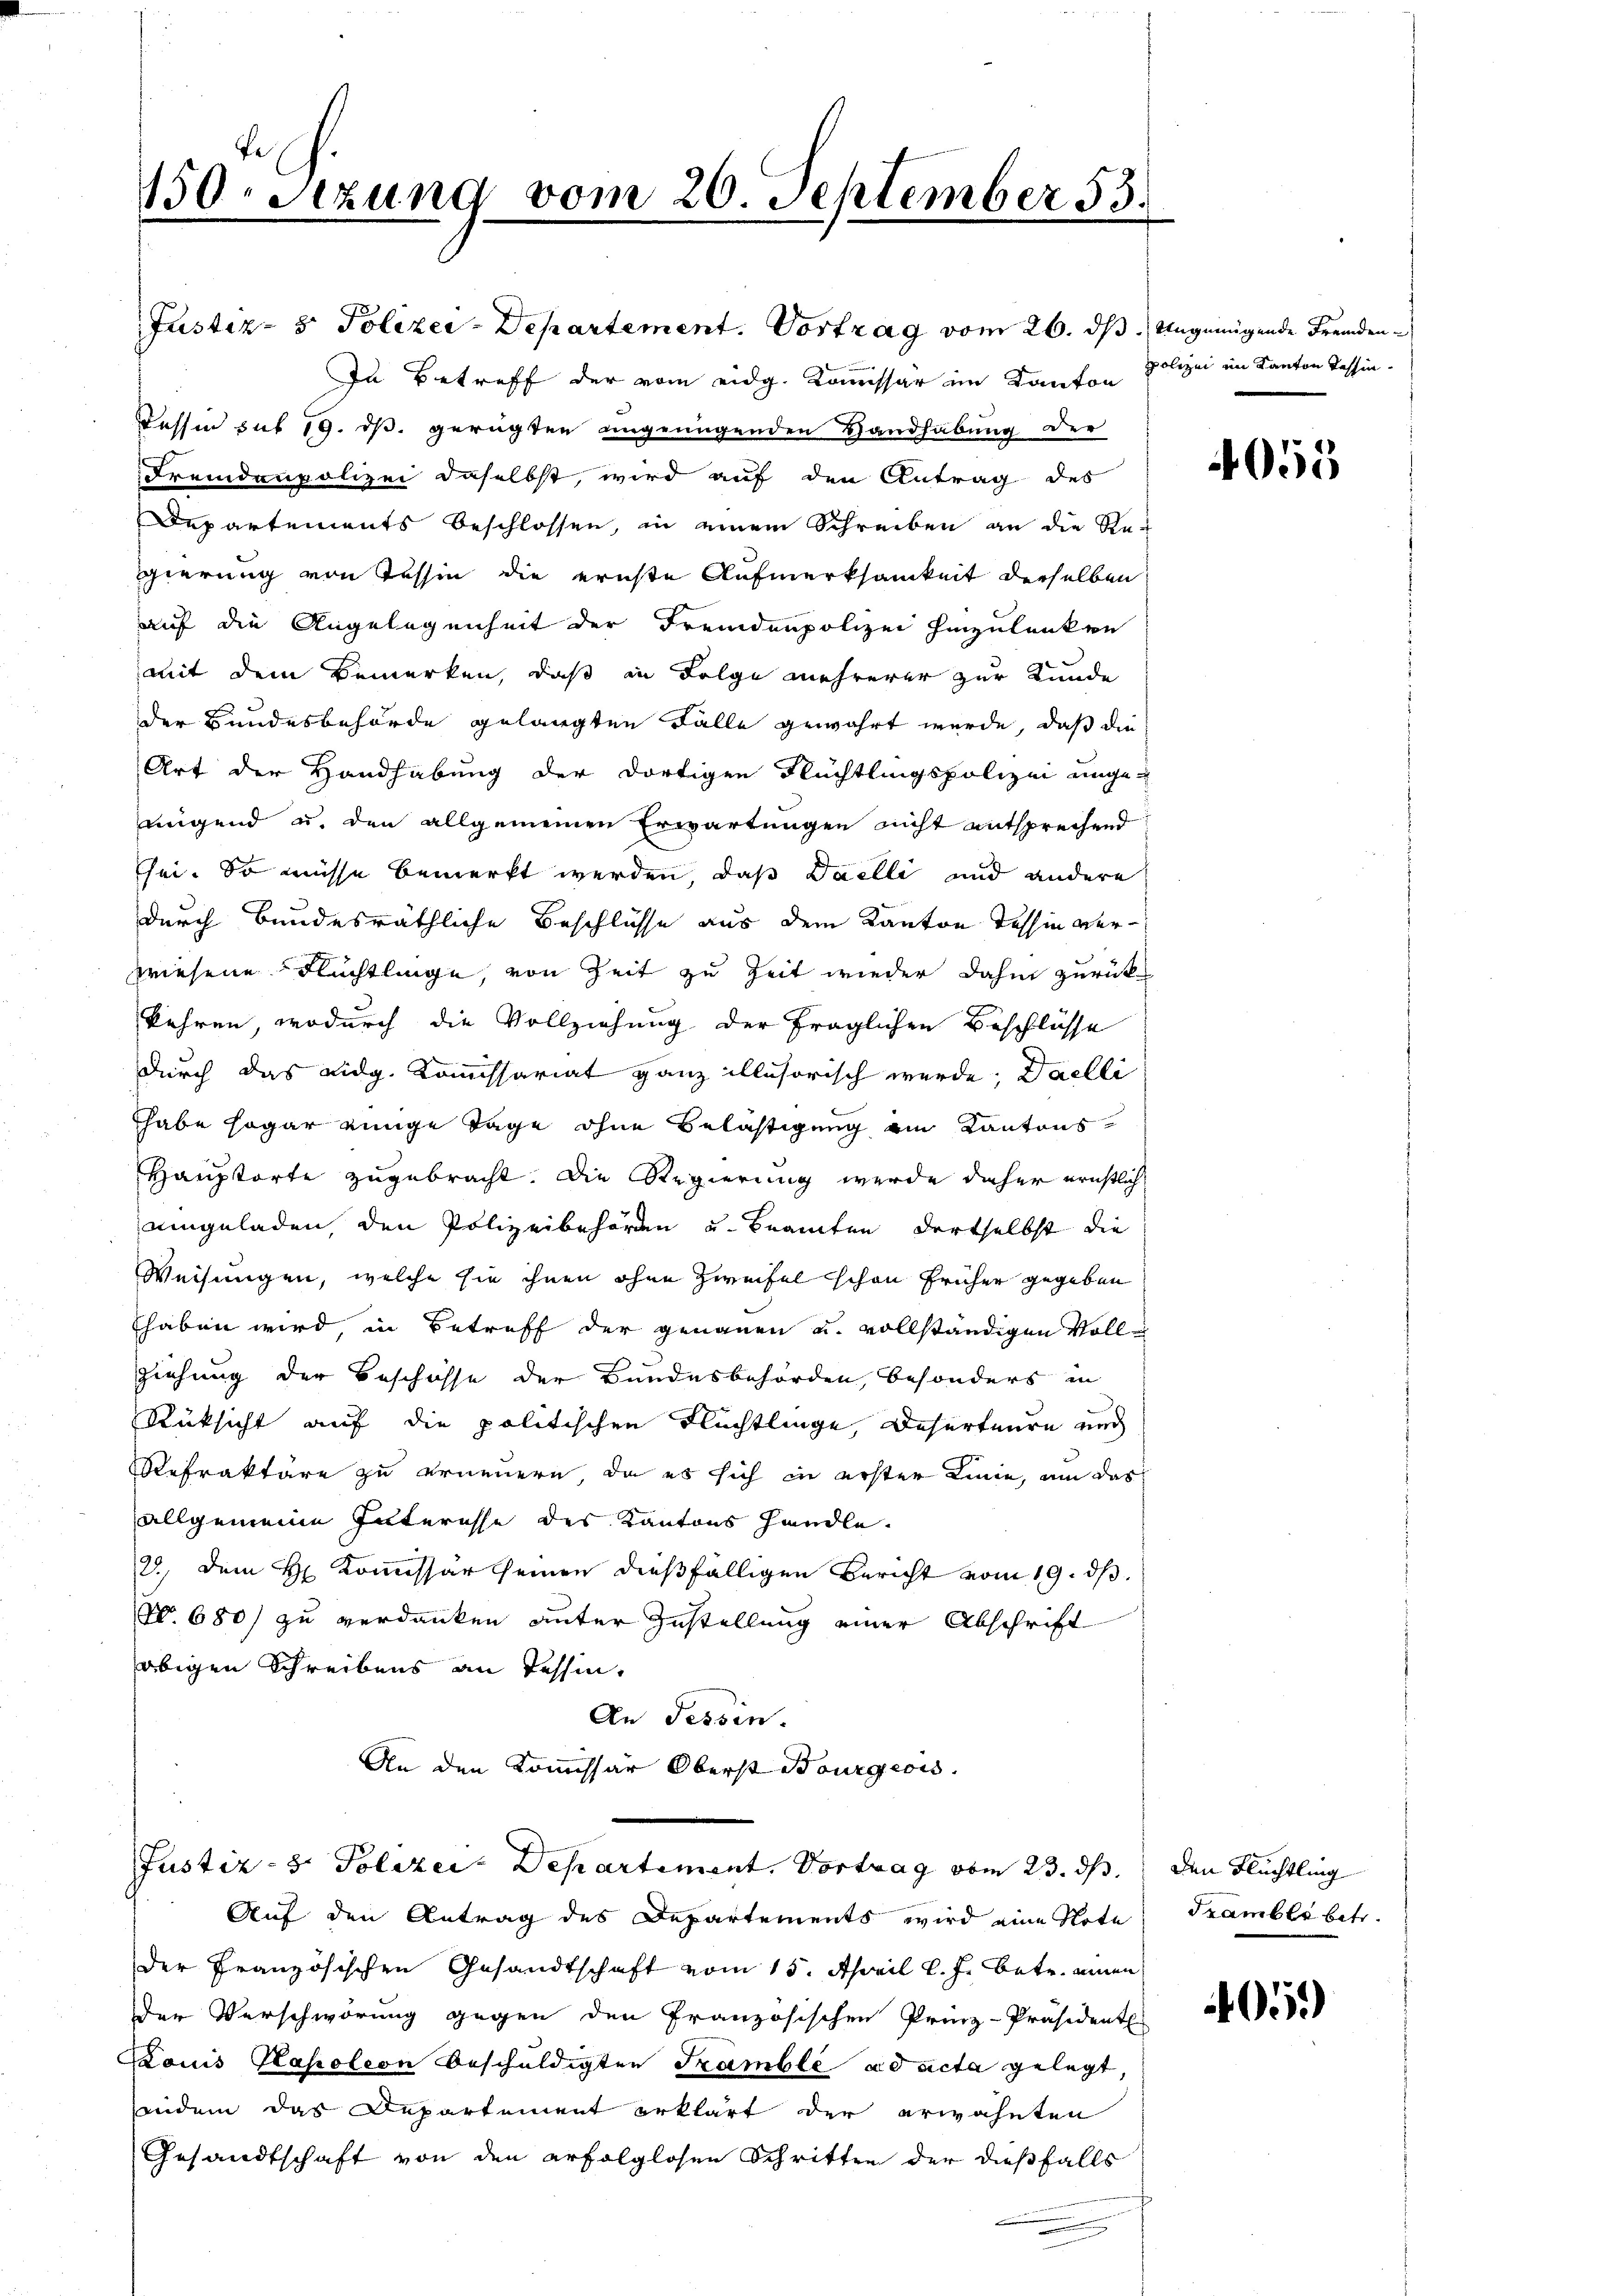
10Stzung vom 20. September 53.

In Betreff der vom eidg. Kommissär im Kanton
Tessin sub 19. ds. gerügten ungenügenden Handhabung der
Fremdenpolizei daselbst, wird auf den Antrag des
Departements beschlossen, in einem Schreiben an die Re-
gierung von Tessin die erichte Aufmerksamkeit derselben
auf die Angelegenheit der Fremdenpolizei hinzulanken
mit dem Bemerken, daß in Folge mehrerer zur Kunde
der Bundesbehörde gelangten Fälle gewährt wurde, daß die
Art der Handhabung der dortigen Flüchtlingspolizei unge-
migend u. den allgemeinen Erwartungen nicht entsprechend
sei. So müsse bemerkt werden, daß Daelli und andere
durch Bundesräthliche Beschlüsse aus dem Kanton Tessin verwiesene Flüchtlinge, von Zeit zu Zeit wieder dahin zurück
kehren, wodurch die Vollziehung der fraglichen Beschlüsse
durch das Eidg. Kommissariat ganz illusorisch werde; Daelli
habe sogar einige Tage ohne Belästigung ein Kantons
Hauptorte zugebracht. Die Regierung werde daher ernstlich
eingeladen, den Polizeibehörden u. Beamten dortselbst die
Weisungen, welche sie ihnen ohne Zweifel schon früher gegeben
thaben wird, in Betreff der genauen u. vollständigen Vollziehung der Beschosse der Bundesbehörden, besonders in
Rüksicht auf die politischen Flüchtlinge, Deserteure und
Refraktäre zu erneuern, da es sich in erster Linie, um das
allgemeine Interesse des Kantons handle.
2., dem H. Kommissär seinen dießfälligen Bericht vom 19. ds.
N. 680) zu verdanken unter Zustellung einer Abschrift
obigen Schreibens an Tessin,
An Tessin.
An den Kommissär Oberst Bourgeois.
Justiz- & Polizei-Departement. Vortrag vom 23. ds.
Auf den Antrag des Departements wird eine Note
Der Französischen Gesandtschaft vom 15. April l. J. betr. einen
Der Verschwörung gegen den Französischen Prinz-Präsidentl
Louis Hapoleon beschuldigten Szamble ad acta gelegt,
eindem das Departement erklärt der erwähnten
Gesandtschaft von den erfolglosen Schritten der dießfalls

Justiz- & Polizei-Departement. Vortrag vom 26. dß. Ungenügende Fremden¬

polizei im Kanton Tessin

4055

den Flüchtling
Trambli betr.

4051)